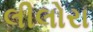
લીલોરા